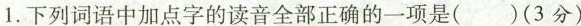
1.下列词语中加点字的读音全部正确的一项是(3分)